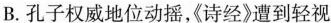
B.孔子权威地位动摇，《诗经》遭到轻视